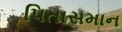
પિતાસમાન